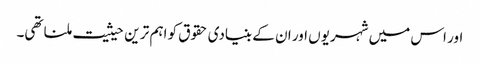
اور اس میں شہریوں اور ان کے بنیادی حقوق کو اہم تر ین حیثیت ملنا تھی۔